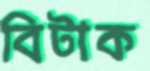
বিটাক